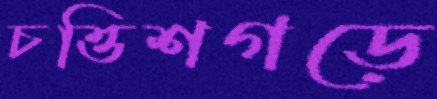
চত্তিশগড়ে